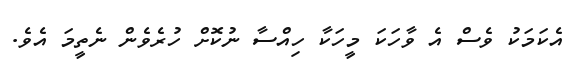
އެކަމަކު ވެސް އެ ވާހަކަ މީހަކާ ހިއްސާ ނުކޮށް ހުރެވެން ނެތީމަ އެވެ.